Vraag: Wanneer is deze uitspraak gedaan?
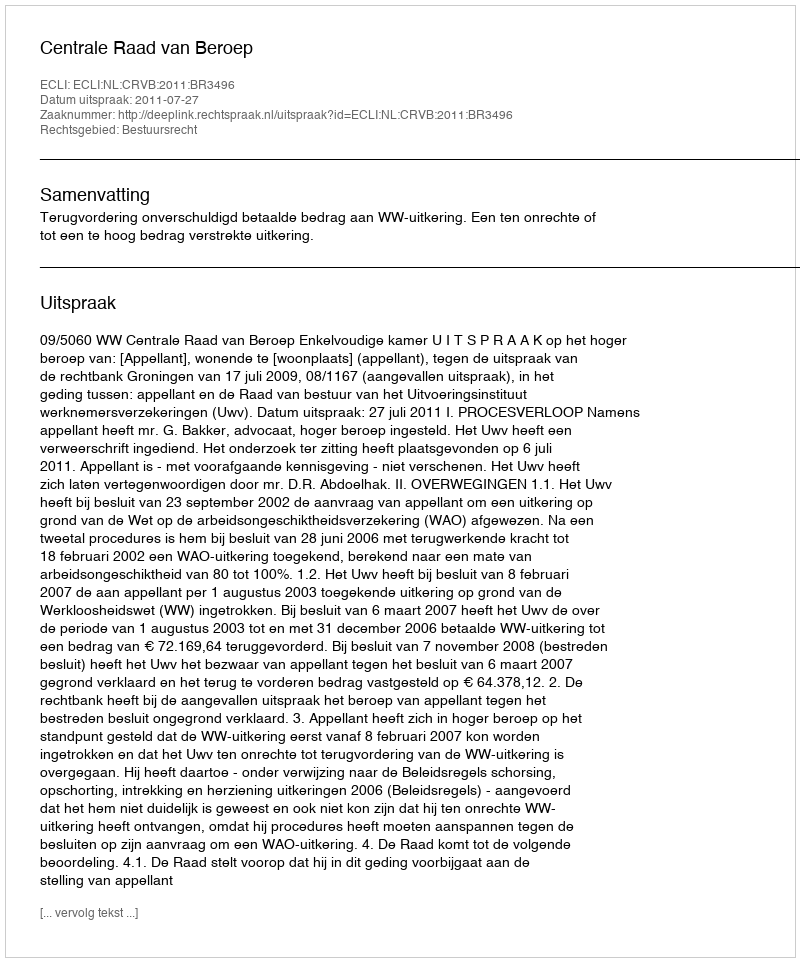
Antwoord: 2011-07-27